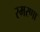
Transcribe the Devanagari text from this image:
स्मरणा